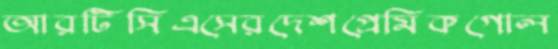
আরটিসিএসেরদেশপ্রেমিকগোল